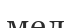
мел